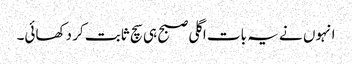
انہوں نے یہ بات اگلی صبح ہی سچ ثابت کر دکھائی۔